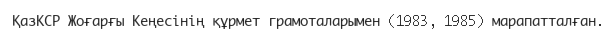
ҚазКСР Жоғарғы Кеңесінің құрмет грамоталарымен (1983, 1985) марапатталған.